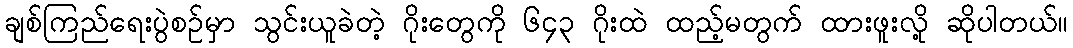
ချစ်ကြည်ရေးပွဲစဉ်မှာ သွင်းယူခဲတဲ့ ဂိုးတွေကို ၆၄၃ ဂိုးထဲ ထည့်မတွက် ထားဖူးလို့ ဆိုပါတယ်။